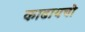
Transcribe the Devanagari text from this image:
काढायचो